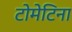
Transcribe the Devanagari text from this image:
टोमेटिना